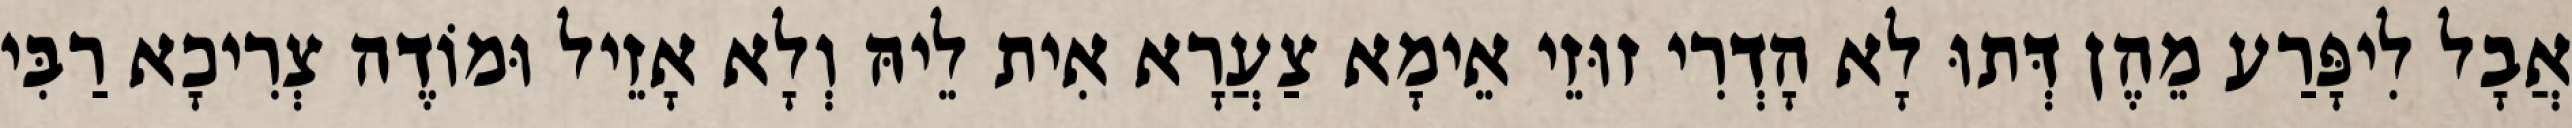
אֲבָל לִיפָּרַע מֵהֶן דְּתוּ לָא הָדְרִי זוּזֵי אֵימָא צַעֲרָא אִית לֵיהּ וְלָא אָזֵיל וּמוֹדֶה צְרִיכָא רַבִּי